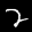
Label: 2